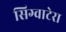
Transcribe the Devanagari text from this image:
सिग्वाटेरा